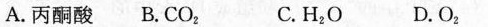
A.丙酮酸 B.CO_{2} C.H_{2}O D.O_{2}